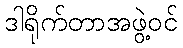
ဒါရိုက်တာအဖွဲ့ဝင်